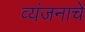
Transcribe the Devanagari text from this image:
व्यंजनाचे